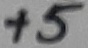
Text: +5